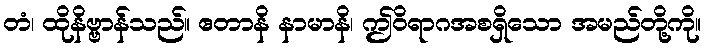
တံ၊ ထိုနိဗ္ဗာန်သည်။ ဧတာနိ နာမာနိ၊ ဤဝိရာဂအစရှိသော အမည်တို့ကို။